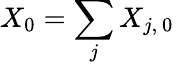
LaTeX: X_{0}=\sum_{j}X_{j,\mathrm{~0~}}